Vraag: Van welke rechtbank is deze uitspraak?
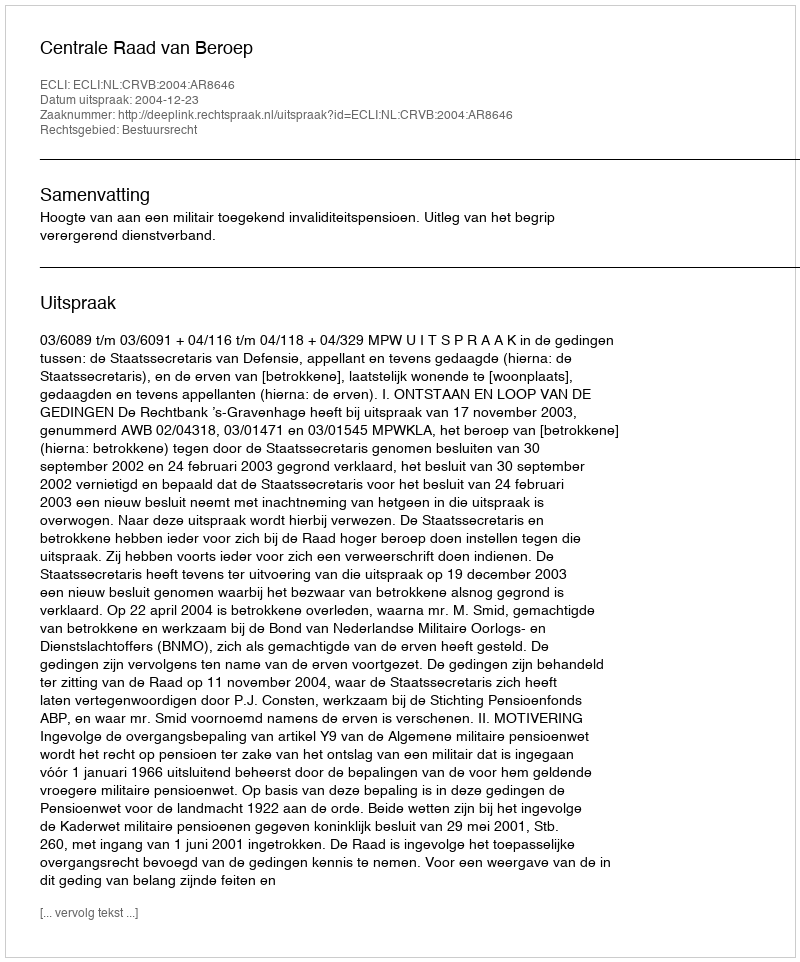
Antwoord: Centrale Raad van Beroep